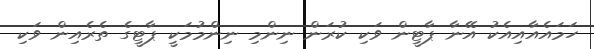
ހަމައެއާއިއެކު އޭނާ ޕާޓީން ވަކި ކުރަން ނިންމި ނިންމުމަކީ ޕާޓީގެ ތެރެއިން ވަކި